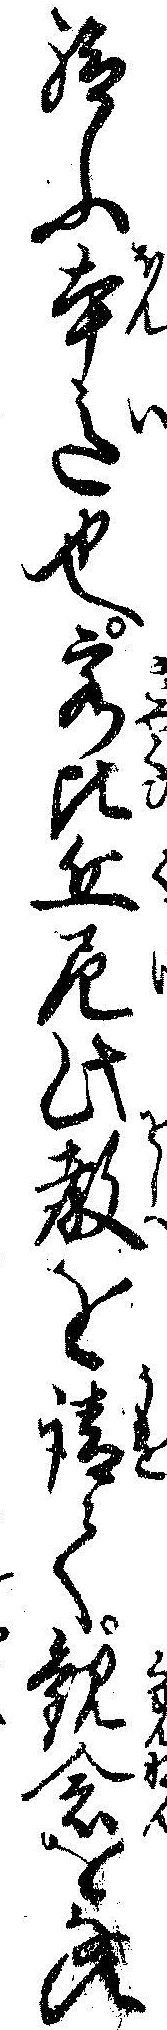
給ふ本意也客比丘尼此教を請て観念をなす